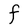
Character: F